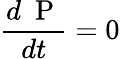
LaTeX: \frac{d\mathrm{~\mathbf~P~}}{dt}=0